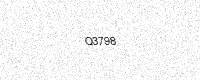
Text: Q3798